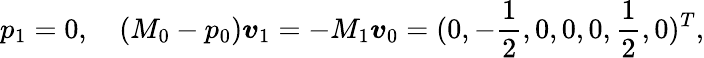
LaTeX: p_{1}=0,\quad(M_{0}-p_{0})\boldsymbol{\mathit{v}}_{1}=-M_{1}\boldsymbol{\mathit{v}}_{0}=(0,-\frac{{1}}{{2}},0,0,0,\frac{{1}}{{2}},0)^{T},